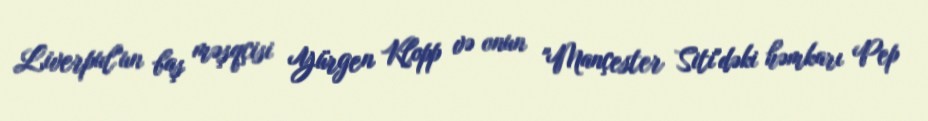
Liverpul"un baş məşqçisi Yürgen Klopp və onun "Mançester Siti"dəki həmkarı Pep